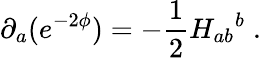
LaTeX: \partial_{a}(e^{-2\phi})=-\frac{1}{2}{H_{ab}}^{b}\; .